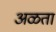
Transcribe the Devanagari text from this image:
अळता